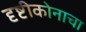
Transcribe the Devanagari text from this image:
दृष्टीकोनाचा